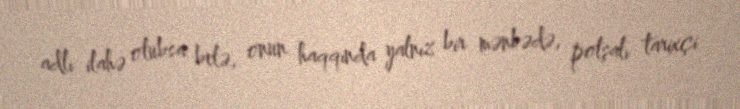
adlı ilahə olubsa belə, onun haqqında yalnız bir mənbədə, polşalı tarixçi